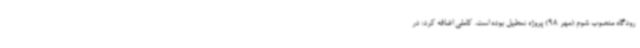
رودگاه منصوب شوم (مهر 98) پروژه تعطیل بوده است. کاملی اضافه کرد: در